Indian journal of veterinary science and animal husbandry - Volume 4,
Year: 1934
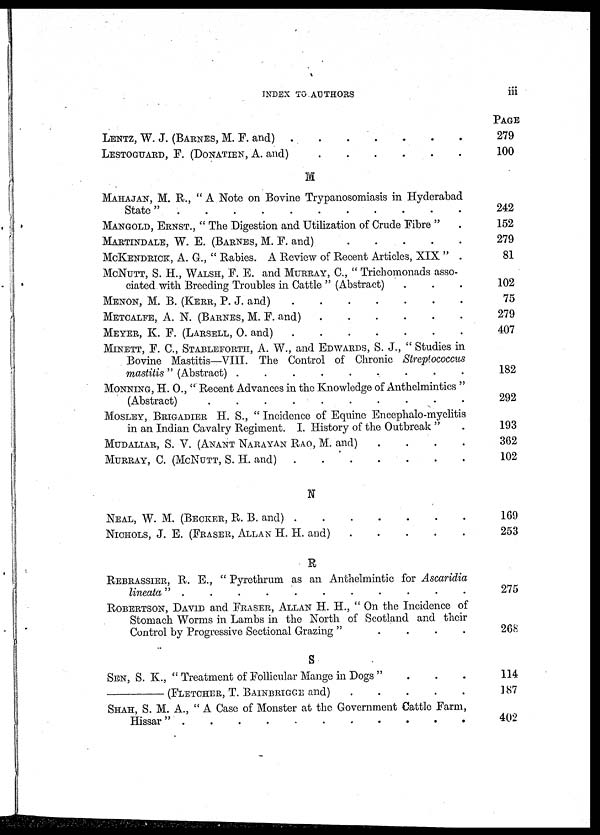
INDEX TO AUTHORS
iii
LENTZ, W. J. (BARNES, M. F. and)
LESTOGUARD, F. (DONATIEN, A. and)
M
MAHAJAN, M. R., " A Note on Bovine Trypanosomiasis in Hyderabad
State "
MANGOLD, ERNST., " The Digestion and Utilization of Crude Fibre " .
MARTINDALE, W. E. (BARNES, M. F. and)
MCKENDRICK, A. G., " Rabies. A Review of Recent Articles, XIX " .
MCNUTT, S. H., WALSH, F. E. and MURRAY, C., " Trichomonads asso-
ciated with Breeding Troubles in Cattle " (Abstract) . . .
MENON, M. B. (KERR, P. J. and)
METCALFE, A. N. (BARNES, M. F. and)
MEYER, K. F. (LARSELL, O. and)
MINETT, F. C., STABLEFORTH, A. W., and EDWARDS, S. J., " Studies in
Bovine Mastitis—VIII. The Control of Chronic Streptococcus
mastitis" (Abstract) . . . . . . . . .
MONNING, H. O., "Recent Advances in the Knowledge of Anthelmintics "
(Abstract)
..........
MOSLEY, BRIGADIER H. S., " Incidence of Equine Encephalo-myelitis
in an Indian Cavalry Regiment. I. History of the Outbreak " .
MUDALIAR, S. V. (ANANT NARAYAN RAO, M. and)
.
.
.
.
MURRAY, C. (MCNUTT, S. H. and)
.
N
NEAL, W. M. (BECKER, R. B. and)
NICHOLS, J. E. (FRASER, ALLAN H. H. and)
.
.
.
.
.
R
REBRASSIER, R. E., " Pyrethrum as an Anthelmintic for Ascaridia
lineata "
.
.
.
.
.
.
.
.
.
.
ROBERTSON, DAVID and FRASER, ALLAN H. H., " On the Incidence of
Stomach Worms in Lambs in the North of Scotland and their
Control by Progressive Sectional Grazing " . . . .
S
SEN, S. K., " Treatment of Follicular Mange in Dogs " . . .
—
(FLETCHER, T. BAINBRIGGE and)
.
.
.
.
.
SHAH, S. M. A., " A Case of Monster at the Government Cattle Farm,
Hissar " . . . . . . . . . . .
PAGE
279
100
242
152
279
81
102
75
279
407
182
292
193
362
102
169
253
275
268
114
187
402